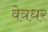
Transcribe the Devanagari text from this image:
वेत्रधर